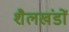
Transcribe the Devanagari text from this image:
शैलखंडों